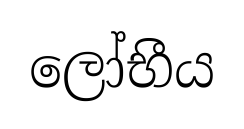
ලෝභීය